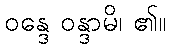
ဝန္ဒေ ဝန္ဒာမိ၊ ၏။